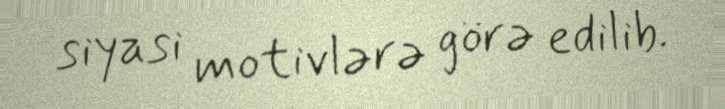
siyasi motivlərə görə edilib.